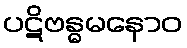
ပဋိဗန္ဓမနောဝ